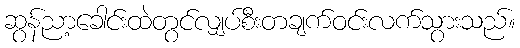
ဆွန်ညာ့ခေါင်းထဲတွင်လျှပ်စီးတချက်ဝင်းလက်သွားသည်။